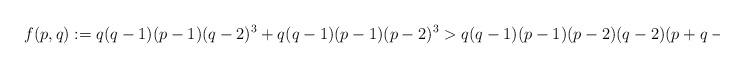
LaTeX: \begin{align*}f(p, q) := q(q - 1)(p - 1)(q - 2)^3 + q(q - 1)(p - 1)(p - 2)^3 > q(q - 1)(p - 1)(p-2)(q-2)(p+q-4).\end{align*}